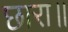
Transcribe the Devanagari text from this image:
छारा॥